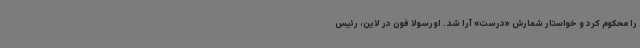
را محکوم کرد و خواستار شمارش «درست» آرا شد. اورسولا فون در لاین، رئیس